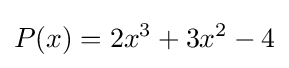
P(x)=2x^{3}+3x^{2}-4\,\!